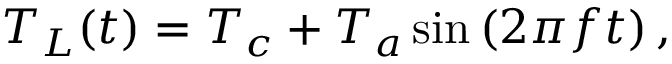
T _ { L } ( t ) = T _ { c } + T _ { a } \sin \left( 2 \pi f t \right) ,